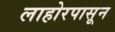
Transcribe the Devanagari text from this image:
लाहोरपासून